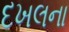
દખલના